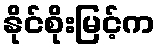
နိုင်စိုးမြင့်က